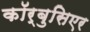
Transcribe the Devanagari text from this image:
कॉर्बुसिएर